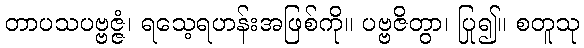
တာပသပဗ္ဗဇ္ဇံ၊ ရသေ့ရဟန်းအဖြစ်ကို။ ပဗ္ဗဇိတွာ၊ ပြု၍။ စတူသု